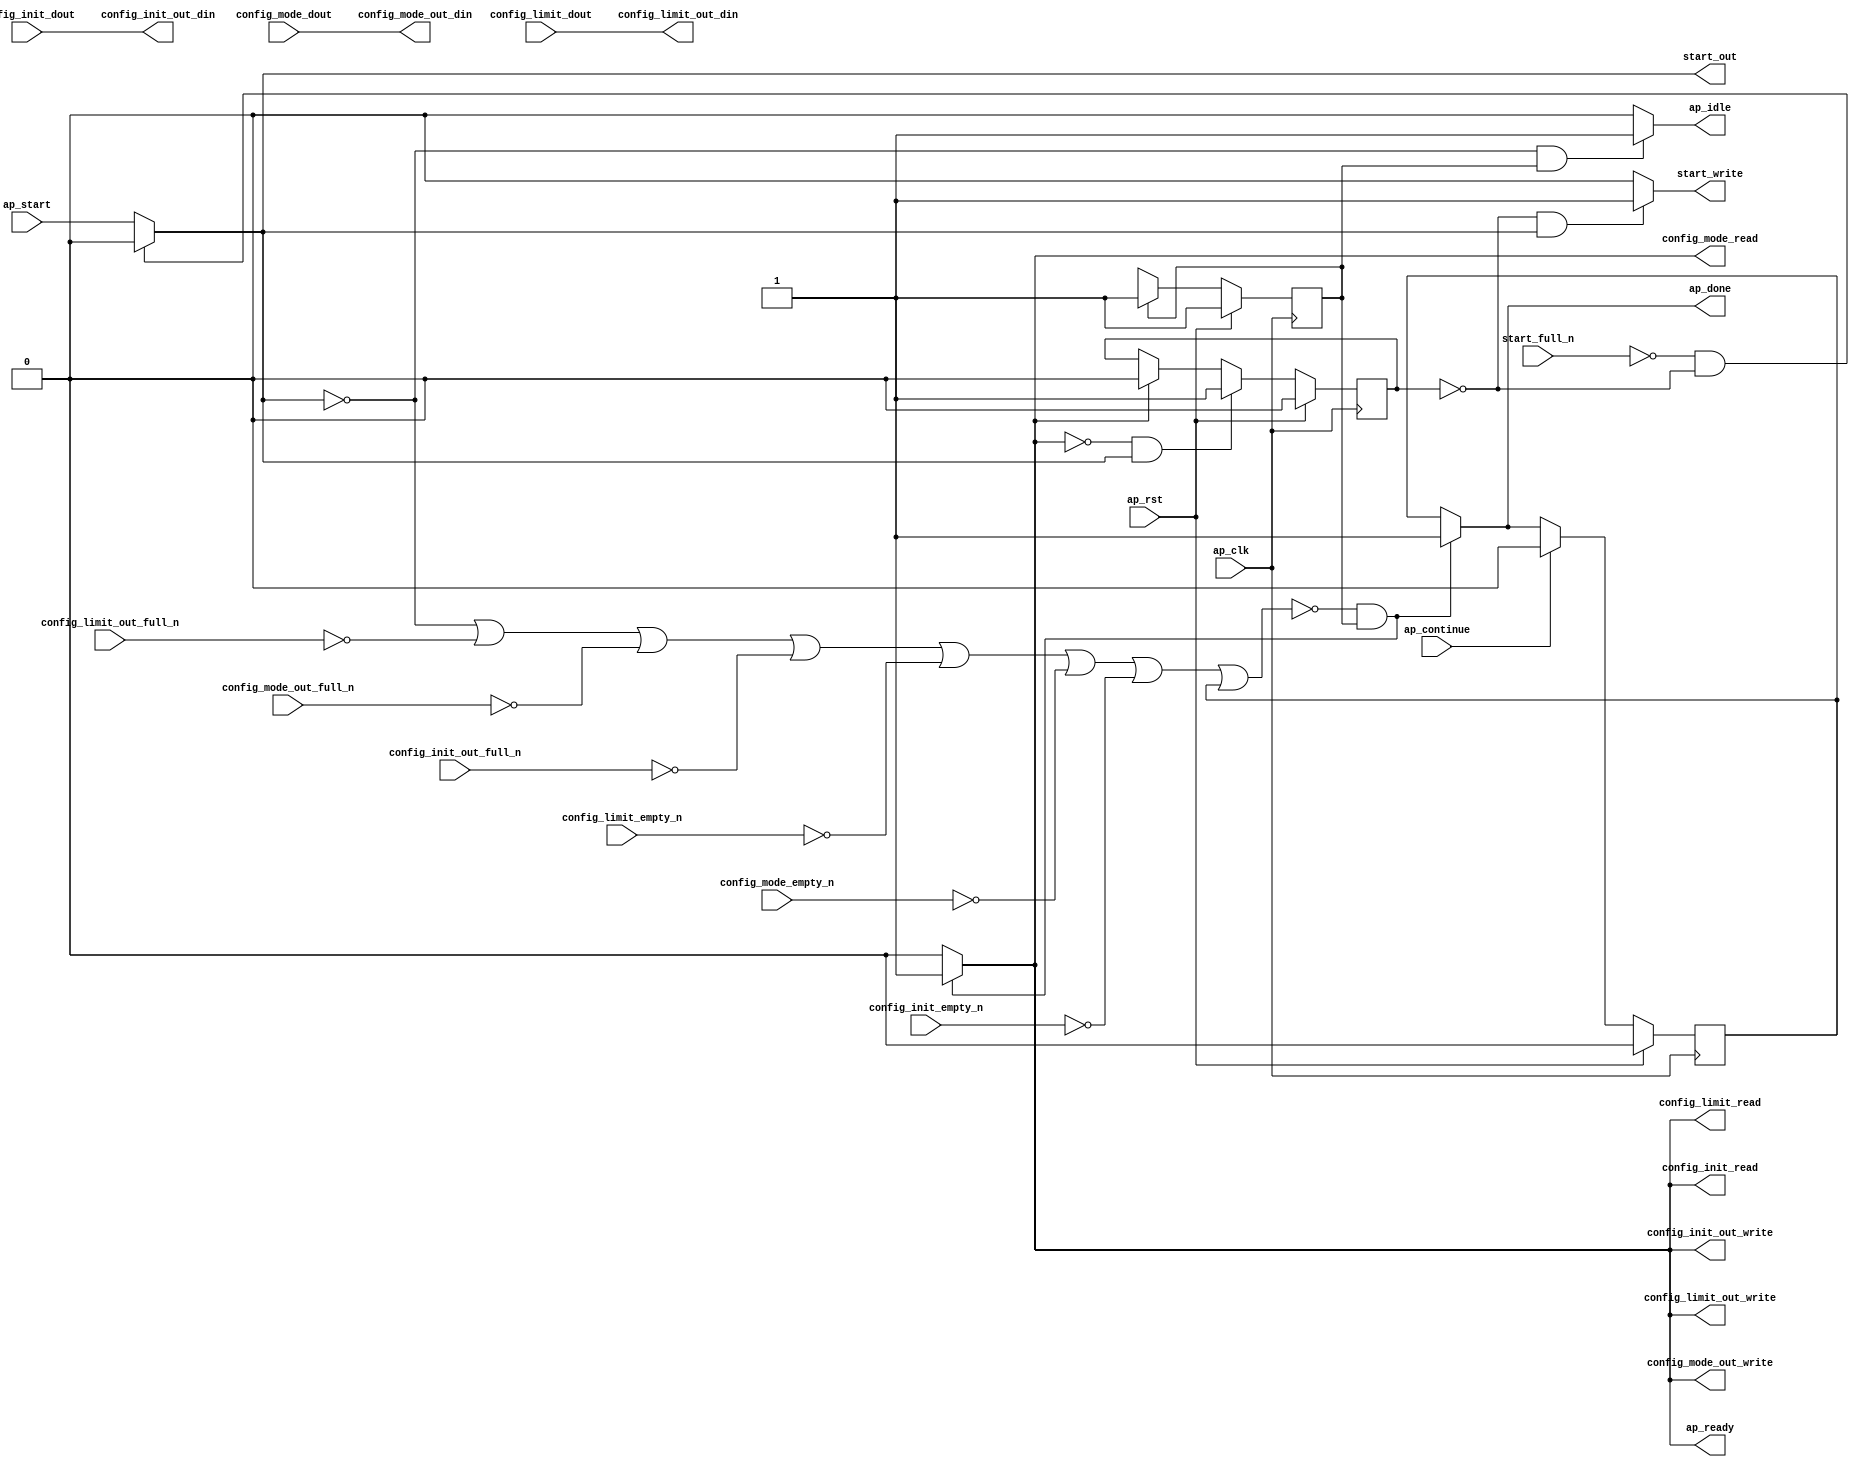
// ==============================================================
// RTL generated by Vivado(TM) HLS - High-Level Synthesis from C, C++ and SystemC
// Version: 2018.1
// Copyright (C) 1986-2018 Xilinx, Inc. All Rights Reserved.
// 
// ===========================================================

`timescale 1 ns / 1 ps 

module DuneDataCompressionC_1 (
        ap_clk,
        ap_rst,
        ap_start,
        start_full_n,
        ap_done,
        ap_continue,
        ap_idle,
        ap_ready,
        start_out,
        start_write,
        config_init_dout,
        config_init_empty_n,
        config_init_read,
        config_mode_dout,
        config_mode_empty_n,
        config_mode_read,
        config_limit_dout,
        config_limit_empty_n,
        config_limit_read,
        config_init_out_din,
        config_init_out_full_n,
        config_init_out_write,
        config_mode_out_din,
        config_mode_out_full_n,
        config_mode_out_write,
        config_limit_out_din,
        config_limit_out_full_n,
        config_limit_out_write
);

parameter    ap_ST_fsm_state1 = 1'd1;

input   ap_clk;
input   ap_rst;
input   ap_start;
input   start_full_n;
output   ap_done;
input   ap_continue;
output   ap_idle;
output   ap_ready;
output   start_out;
output   start_write;
input  [31:0] config_init_dout;
input   config_init_empty_n;
output   config_init_read;
input  [31:0] config_mode_dout;
input   config_mode_empty_n;
output   config_mode_read;
input  [31:0] config_limit_dout;
input   config_limit_empty_n;
output   config_limit_read;
output  [31:0] config_init_out_din;
input   config_init_out_full_n;
output   config_init_out_write;
output  [31:0] config_mode_out_din;
input   config_mode_out_full_n;
output   config_mode_out_write;
output  [31:0] config_limit_out_din;
input   config_limit_out_full_n;
output   config_limit_out_write;

reg ap_done;
reg ap_idle;
reg start_write;
reg config_init_read;
reg config_mode_read;
reg config_limit_read;
reg config_init_out_write;
reg config_mode_out_write;
reg config_limit_out_write;

reg    real_start;
reg    start_once_reg;
reg    ap_done_reg;
(* fsm_encoding = "none" *) reg   [0:0] ap_CS_fsm;
wire    ap_CS_fsm_state1;
reg    internal_ap_ready;
reg    config_init_blk_n;
reg    config_mode_blk_n;
reg    config_limit_blk_n;
reg    config_init_out_blk_n;
reg    config_mode_out_blk_n;
reg    config_limit_out_blk_n;
reg    ap_block_state1;
reg   [0:0] ap_NS_fsm;

// power-on initialization
initial begin
#0 start_once_reg = 1'b0;
#0 ap_done_reg = 1'b0;
#0 ap_CS_fsm = 1'd1;
end

always @ (posedge ap_clk) begin
    if (ap_rst == 1'b1) begin
        ap_CS_fsm <= ap_ST_fsm_state1;
    end else begin
        ap_CS_fsm <= ap_NS_fsm;
    end
end

always @ (posedge ap_clk) begin
    if (ap_rst == 1'b1) begin
        ap_done_reg <= 1'b0;
    end else begin
        if ((ap_continue == 1'b1)) begin
            ap_done_reg <= 1'b0;
        end else if ((~((real_start == 1'b0) | (config_limit_out_full_n == 1'b0) | (config_mode_out_full_n == 1'b0) | (config_init_out_full_n == 1'b0) | (config_limit_empty_n == 1'b0) | (config_mode_empty_n == 1'b0) | (config_init_empty_n == 1'b0) | (ap_done_reg == 1'b1)) & (1'b1 == ap_CS_fsm_state1))) begin
            ap_done_reg <= 1'b1;
        end
    end
end

always @ (posedge ap_clk) begin
    if (ap_rst == 1'b1) begin
        start_once_reg <= 1'b0;
    end else begin
        if (((internal_ap_ready == 1'b0) & (real_start == 1'b1))) begin
            start_once_reg <= 1'b1;
        end else if ((internal_ap_ready == 1'b1)) begin
            start_once_reg <= 1'b0;
        end
    end
end

always @ (*) begin
    if ((~((real_start == 1'b0) | (config_limit_out_full_n == 1'b0) | (config_mode_out_full_n == 1'b0) | (config_init_out_full_n == 1'b0) | (config_limit_empty_n == 1'b0) | (config_mode_empty_n == 1'b0) | (config_init_empty_n == 1'b0) | (ap_done_reg == 1'b1)) & (1'b1 == ap_CS_fsm_state1))) begin
        ap_done = 1'b1;
    end else begin
        ap_done = ap_done_reg;
    end
end

always @ (*) begin
    if (((real_start == 1'b0) & (1'b1 == ap_CS_fsm_state1))) begin
        ap_idle = 1'b1;
    end else begin
        ap_idle = 1'b0;
    end
end

always @ (*) begin
    if ((1'b1 == ap_CS_fsm_state1)) begin
        config_init_blk_n = config_init_empty_n;
    end else begin
        config_init_blk_n = 1'b1;
    end
end

always @ (*) begin
    if ((1'b1 == ap_CS_fsm_state1)) begin
        config_init_out_blk_n = config_init_out_full_n;
    end else begin
        config_init_out_blk_n = 1'b1;
    end
end

always @ (*) begin
    if ((~((real_start == 1'b0) | (config_limit_out_full_n == 1'b0) | (config_mode_out_full_n == 1'b0) | (config_init_out_full_n == 1'b0) | (config_limit_empty_n == 1'b0) | (config_mode_empty_n == 1'b0) | (config_init_empty_n == 1'b0) | (ap_done_reg == 1'b1)) & (1'b1 == ap_CS_fsm_state1))) begin
        config_init_out_write = 1'b1;
    end else begin
        config_init_out_write = 1'b0;
    end
end

always @ (*) begin
    if ((~((real_start == 1'b0) | (config_limit_out_full_n == 1'b0) | (config_mode_out_full_n == 1'b0) | (config_init_out_full_n == 1'b0) | (config_limit_empty_n == 1'b0) | (config_mode_empty_n == 1'b0) | (config_init_empty_n == 1'b0) | (ap_done_reg == 1'b1)) & (1'b1 == ap_CS_fsm_state1))) begin
        config_init_read = 1'b1;
    end else begin
        config_init_read = 1'b0;
    end
end

always @ (*) begin
    if ((1'b1 == ap_CS_fsm_state1)) begin
        config_limit_blk_n = config_limit_empty_n;
    end else begin
        config_limit_blk_n = 1'b1;
    end
end

always @ (*) begin
    if ((1'b1 == ap_CS_fsm_state1)) begin
        config_limit_out_blk_n = config_limit_out_full_n;
    end else begin
        config_limit_out_blk_n = 1'b1;
    end
end

always @ (*) begin
    if ((~((real_start == 1'b0) | (config_limit_out_full_n == 1'b0) | (config_mode_out_full_n == 1'b0) | (config_init_out_full_n == 1'b0) | (config_limit_empty_n == 1'b0) | (config_mode_empty_n == 1'b0) | (config_init_empty_n == 1'b0) | (ap_done_reg == 1'b1)) & (1'b1 == ap_CS_fsm_state1))) begin
        config_limit_out_write = 1'b1;
    end else begin
        config_limit_out_write = 1'b0;
    end
end

always @ (*) begin
    if ((~((real_start == 1'b0) | (config_limit_out_full_n == 1'b0) | (config_mode_out_full_n == 1'b0) | (config_init_out_full_n == 1'b0) | (config_limit_empty_n == 1'b0) | (config_mode_empty_n == 1'b0) | (config_init_empty_n == 1'b0) | (ap_done_reg == 1'b1)) & (1'b1 == ap_CS_fsm_state1))) begin
        config_limit_read = 1'b1;
    end else begin
        config_limit_read = 1'b0;
    end
end

always @ (*) begin
    if ((1'b1 == ap_CS_fsm_state1)) begin
        config_mode_blk_n = config_mode_empty_n;
    end else begin
        config_mode_blk_n = 1'b1;
    end
end

always @ (*) begin
    if ((1'b1 == ap_CS_fsm_state1)) begin
        config_mode_out_blk_n = config_mode_out_full_n;
    end else begin
        config_mode_out_blk_n = 1'b1;
    end
end

always @ (*) begin
    if ((~((real_start == 1'b0) | (config_limit_out_full_n == 1'b0) | (config_mode_out_full_n == 1'b0) | (config_init_out_full_n == 1'b0) | (config_limit_empty_n == 1'b0) | (config_mode_empty_n == 1'b0) | (config_init_empty_n == 1'b0) | (ap_done_reg == 1'b1)) & (1'b1 == ap_CS_fsm_state1))) begin
        config_mode_out_write = 1'b1;
    end else begin
        config_mode_out_write = 1'b0;
    end
end

always @ (*) begin
    if ((~((real_start == 1'b0) | (config_limit_out_full_n == 1'b0) | (config_mode_out_full_n == 1'b0) | (config_init_out_full_n == 1'b0) | (config_limit_empty_n == 1'b0) | (config_mode_empty_n == 1'b0) | (config_init_empty_n == 1'b0) | (ap_done_reg == 1'b1)) & (1'b1 == ap_CS_fsm_state1))) begin
        config_mode_read = 1'b1;
    end else begin
        config_mode_read = 1'b0;
    end
end

always @ (*) begin
    if ((~((real_start == 1'b0) | (config_limit_out_full_n == 1'b0) | (config_mode_out_full_n == 1'b0) | (config_init_out_full_n == 1'b0) | (config_limit_empty_n == 1'b0) | (config_mode_empty_n == 1'b0) | (config_init_empty_n == 1'b0) | (ap_done_reg == 1'b1)) & (1'b1 == ap_CS_fsm_state1))) begin
        internal_ap_ready = 1'b1;
    end else begin
        internal_ap_ready = 1'b0;
    end
end

always @ (*) begin
    if (((start_full_n == 1'b0) & (start_once_reg == 1'b0))) begin
        real_start = 1'b0;
    end else begin
        real_start = ap_start;
    end
end

always @ (*) begin
    if (((start_once_reg == 1'b0) & (real_start == 1'b1))) begin
        start_write = 1'b1;
    end else begin
        start_write = 1'b0;
    end
end

always @ (*) begin
    case (ap_CS_fsm)
        ap_ST_fsm_state1 : begin
            ap_NS_fsm = ap_ST_fsm_state1;
        end
        default : begin
            ap_NS_fsm = 'bx;
        end
    endcase
end

assign ap_CS_fsm_state1 = ap_CS_fsm[32'd0];

always @ (*) begin
    ap_block_state1 = ((real_start == 1'b0) | (config_limit_out_full_n == 1'b0) | (config_mode_out_full_n == 1'b0) | (config_init_out_full_n == 1'b0) | (config_limit_empty_n == 1'b0) | (config_mode_empty_n == 1'b0) | (config_init_empty_n == 1'b0) | (ap_done_reg == 1'b1));
end

assign ap_ready = internal_ap_ready;

assign config_init_out_din = config_init_dout;

assign config_limit_out_din = config_limit_dout;

assign config_mode_out_din = config_mode_dout;

assign start_out = real_start;

endmodule //DuneDataCompressionC_1